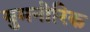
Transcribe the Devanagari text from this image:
युमनोरिक